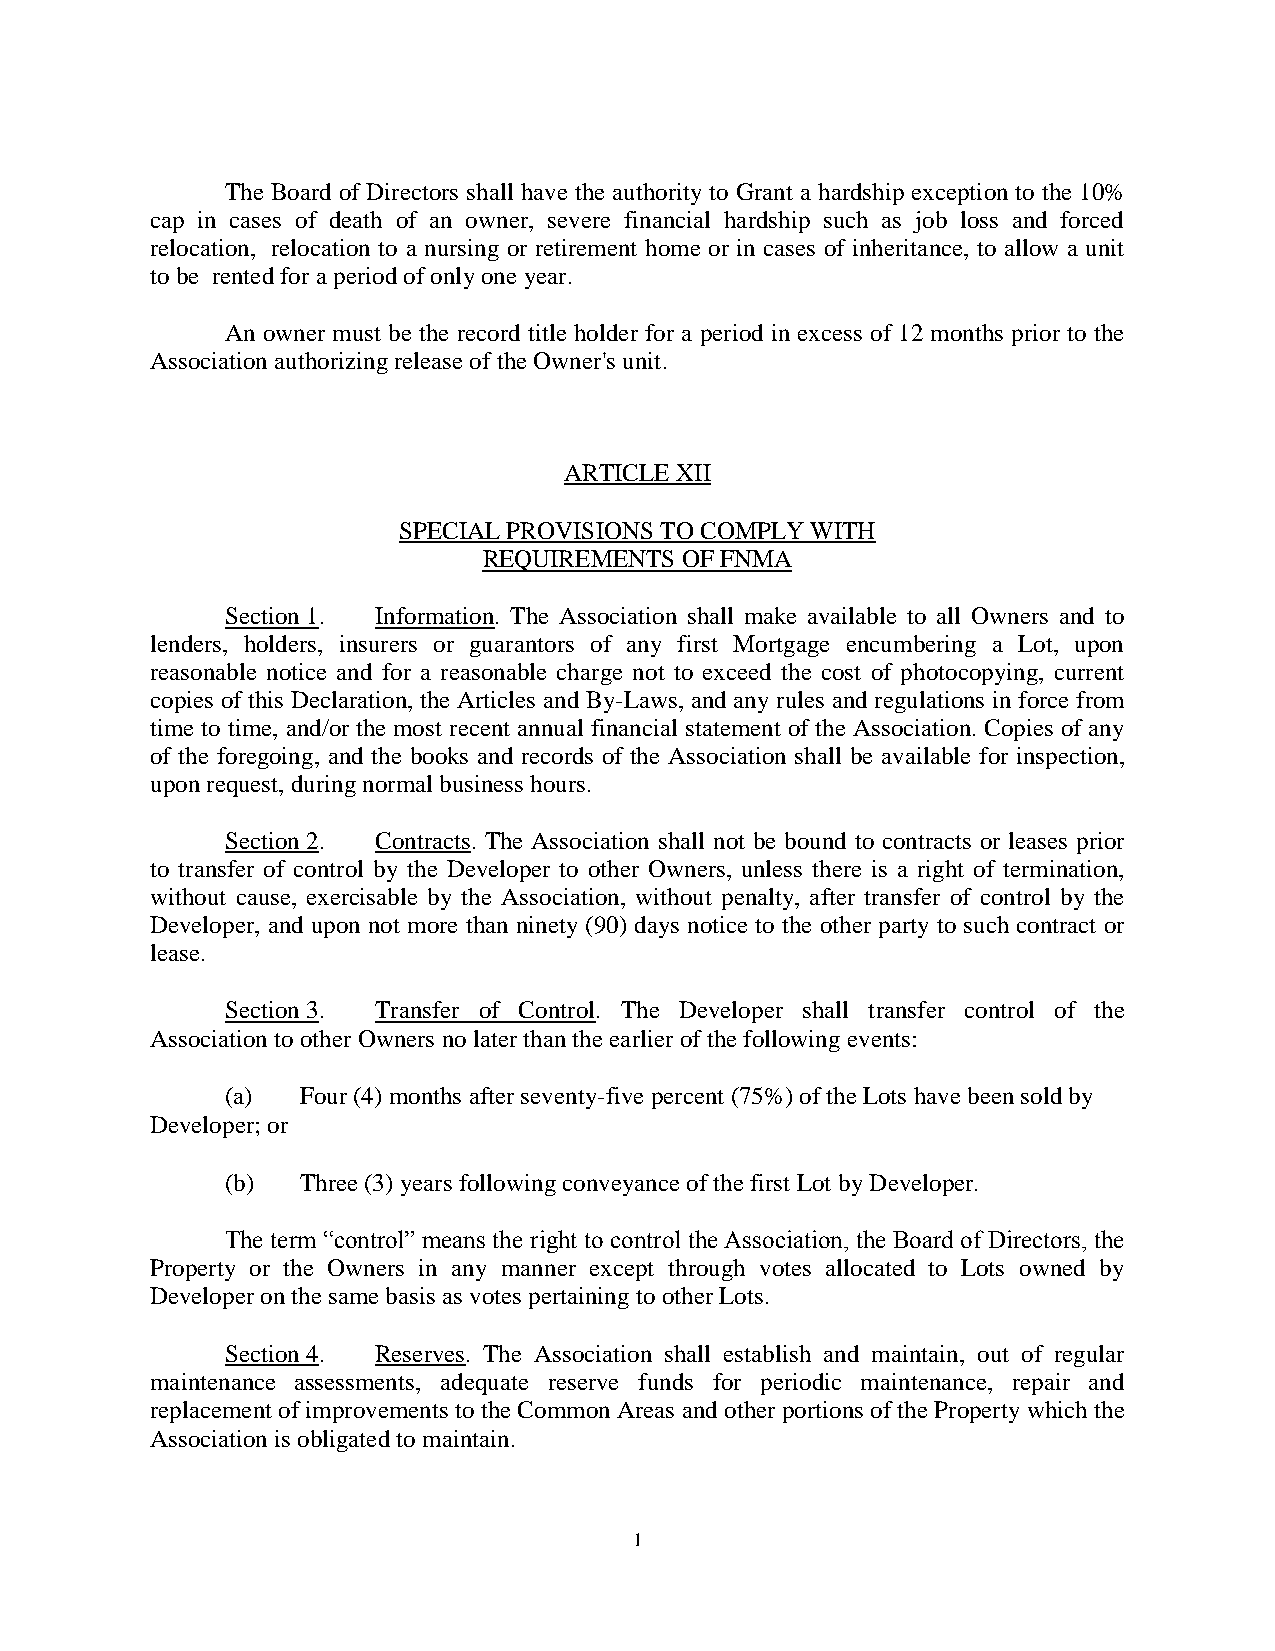
The Board of Directors shall have the authority to Grant a hardship exception to the 10%
 cap in cases of death of an owner, severe financial hardship such as job loss and forced
 relocation, relocation to a nursing or retirement home or in cases of inheritance, to allow a unit
 to be rented for a period of only one year.
 An owner must be the record title holder for a period in excess of 12 months prior to the
 Association authorizing release of the Owner's unit.
 ARTICLE XII
 SPECIAL PROVISIONS TO COMPLY WITH
 REQUIREMENTS OF FNMA
 Section 1. Information. The Association shall make available to all Owners and to
 lenders, holders, insurers or guarantors of any first Mortgage encumbering a Lot, upon
 reasonable notice and for a reasonable charge not to exceed the cost of photocopying, current
 copies of this Declaration, the Articles and By-Laws, and any rules and regulations in force from
 time to time, and/or the most recent annual financial statement of the Association. Copies of any
 of the foregoing, and the books and records of the Association shall be available for inspection,
 upon request, during normal business hours.
 Section 2. Contracts. The Association shall not be bound to contracts or leases prior
 to transfer of control by the Developer to other Owners, unless there is a right of termination,
 without cause, exercisable by the Association, without penalty, after transfer of control by the
 Developer, and upon not more than ninety (90) days notice to the other party to such contract or
 lease.
 Section 3. Transfer of Control. The Developer shall transfer control of the
 Association to other Owners no later than the earlier of the following events:
 (a)  Four (4) months after seventy-five percent (75%) of the Lots have been sold by
 Developer; or
 (b)  Three (3) years following conveyance of the first Lot by Developer.
 The term “control” means the right to control the Association, the Board of Directors, the
 Property or the Owners in any manner except through votes allocated to Lots owned by
 Developer on the same basis as votes pertaining to other Lots.
 Section 4. Reserves. The Association shall establish and maintain, out of regular
 maintenance assessments, adequate reserve funds for periodic maintenance, repair and
 replacement of improvements to the Common Areas and other portions of the Property which the
 Association is obligated to maintain.
 1